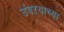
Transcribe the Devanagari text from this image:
उंबऱ्याच्या